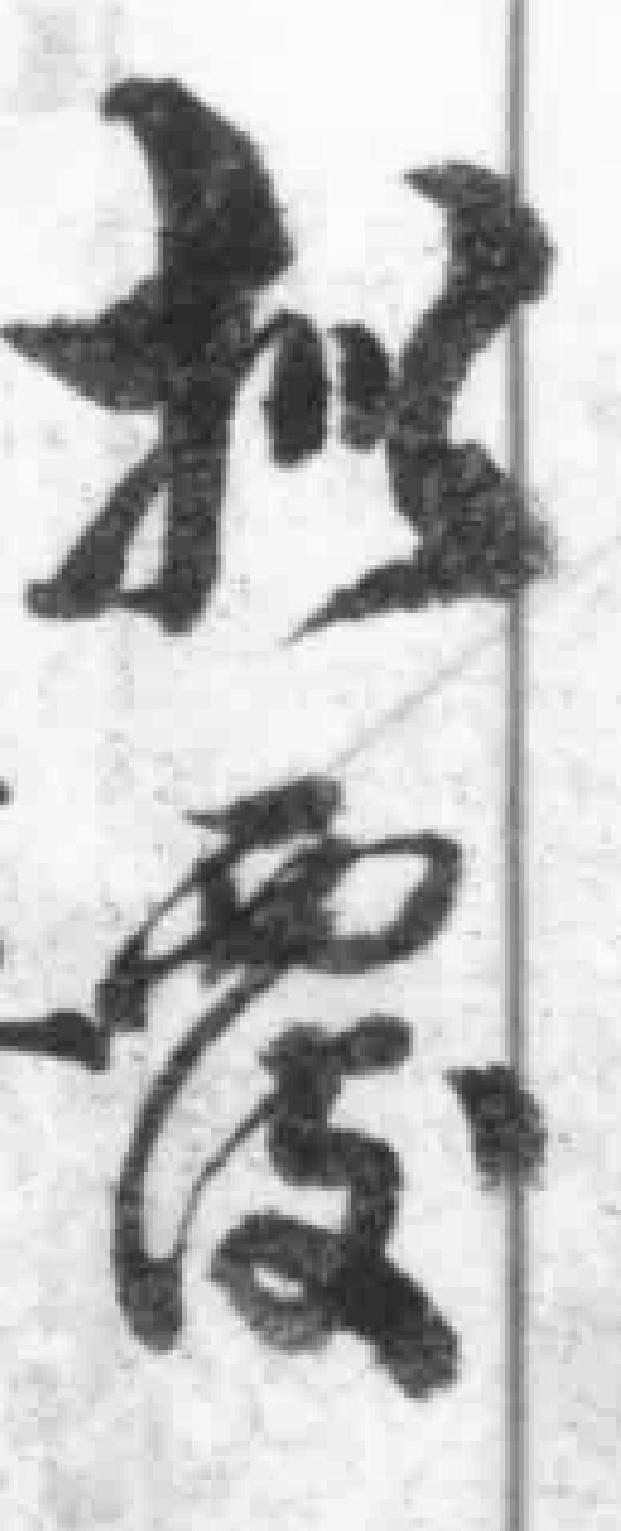
批覆